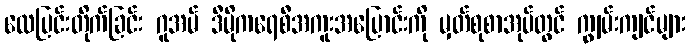
လေပြင်းတိုက်ခြင်း ဂူအမ် ဒီမိုကရေစီအကူးအပြောင်းကို မှတ်စုစာအုပ်တွင် ကျွမ်းကျင်များ